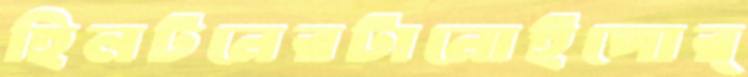
হিলটনেরটানোইপোর্